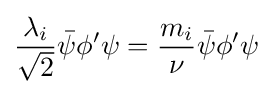
{\frac {\lambda _{i}}{\sqrt {2}}}{\bar {\psi }}\phi '\psi ={\frac {m_{i}}{\nu }}{\bar {\psi }}\phi '\psi